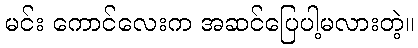
မင်း ကောင်လေးက အဆင်ပြေပါ့မလားတဲ့။